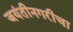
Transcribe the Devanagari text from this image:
जयंतीनगरीचा